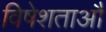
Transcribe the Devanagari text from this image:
विषेशताऔ